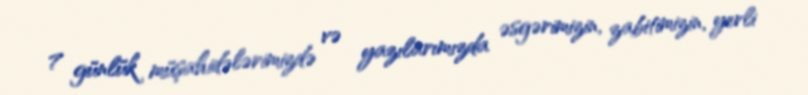
7 günlük müşahidələrimizdə və yazılarımızda əsgərimizin, zabitimizin, yerli